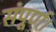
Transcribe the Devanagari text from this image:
संपूर्ण।